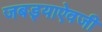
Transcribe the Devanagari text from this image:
जबड्याऐवजी